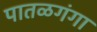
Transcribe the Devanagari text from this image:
पातळगंगा